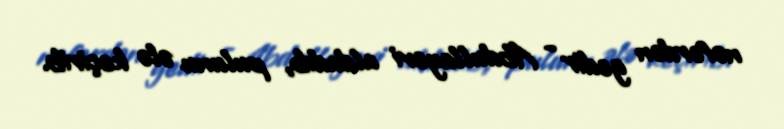
nəfərdən gedir - Abdullayevi aldadıb, pulunu ələ keçirib.